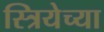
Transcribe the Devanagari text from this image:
स्त्रियेच्या